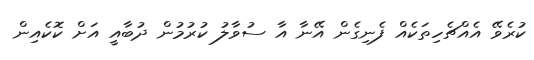
ކުރެވޭ އެއްޗެހިތަކެއް ފެނިގެން އޭނާ އާ ސުވާލު ކުރުމުން ދުބާއީ އަށް ކޮކެއިން